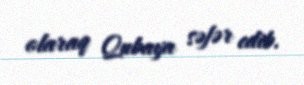
olaraq Qubaya səfər edib.